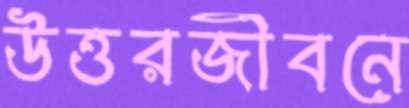
উত্তরজীবনে